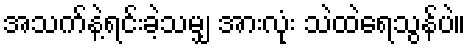
အသက်နဲ့ရင်းခဲ့သမျှ အားလုံး သဲထဲရေသွန်ပဲ။